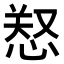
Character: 𢜂